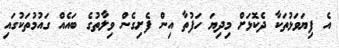
އެ ފިޔަވަޅުތަކާ ދެކޮޅަށް މިދިޔަ ހަފުތާ އިން ފެށިގެން ވިލާތުގެ ބައެއް ގައުމުތަކުގައި